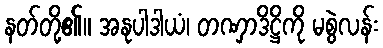
နတ်တို့၏။ အနုပါဒါယံ၊ တဏှာဒိဋ္ဌိကို မစွဲလန်း